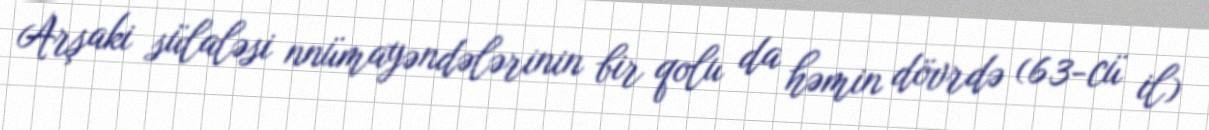
Arşaki sülaləsi nnümayəndələrinin bir qolu da həmin dövrdə (63-cü il)